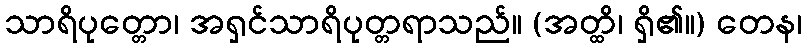
သာရိပုတ္တော၊ အရှင်သာရိပုတ္တရာသည်။ (အတ္ထိ၊ ရှိ၏။) တေန၊